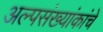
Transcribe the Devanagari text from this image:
अल्पसंख्यांकांचे